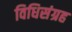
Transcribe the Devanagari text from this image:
विधिसंग्रह